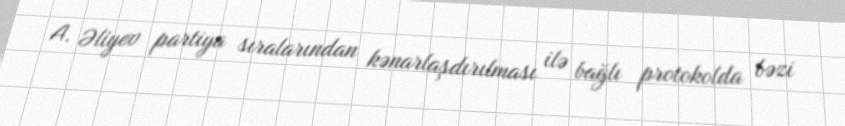
A. Əliyev partiya sıralarından kənarlaşdırılması ilə bağlı protokolda bəzi